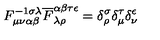
F _ { \mu \nu \alpha \beta } ^ { - 1 \sigma \lambda } \overline { F } _ { \lambda \rho } ^ { \alpha \beta \tau \epsilon } = \delta _ { \rho } ^ { \sigma } \delta _ { \mu } ^ { \tau } \delta _ { \nu } ^ { \epsilon }